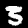
Label: 3